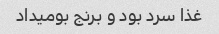
غذا سرد بود و برنج بومیداد